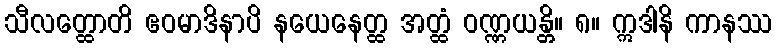
သီလတ္ထောတိ ဧဝမာဒိနာပိ နယေနေတ္ထ အတ္ထံ ဝဏ္ဏယန္တိ။ ၈။ ဣဒါနိ ကာနဿ